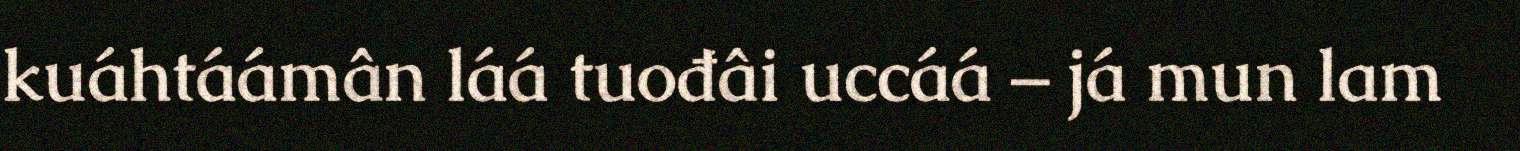
kuáhtáámân láá tuođâi uccáá – já mun lam